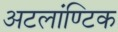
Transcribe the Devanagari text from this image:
अटलांण्टिक